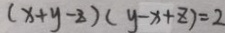
( x + y - z ) ( y - x + z ) = 2